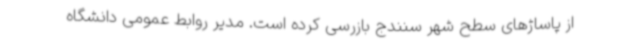
از پاساژهای سطح شهر سنندج بازرسی کرده است. مدیر روابط عمومی دانشگاه